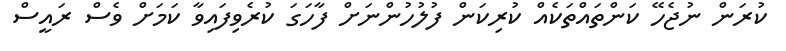
ކުރަން ނުޖެހޭ ކަންތައްތަކެއް ކުރިކަން ފުލުހުންނަށް ފާހަގަ ކުރެވިފައިވާ ކަމަށް ވެސް ރައީސް